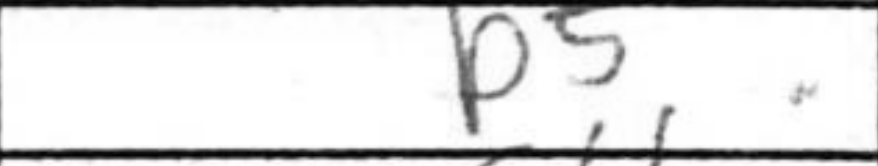
Transcription: b5